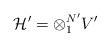
LaTeX: \begin{align*}{\cal H'} = \otimes _1^{N'} V' \end{align*}